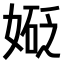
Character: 𫱑